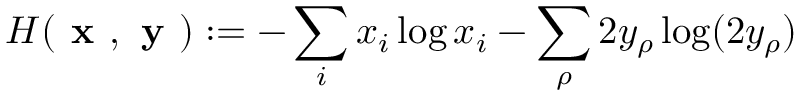
H ( \textbf { x } , \textbf { y } ) : = - \sum _ { i } x _ { i } \log x _ { i } - \sum _ { \rho } 2 y _ { \rho } \log ( 2 y _ { \rho } )